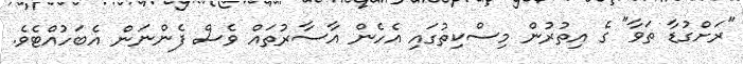
"ރަށްގުޑާ ތަވާ" ގެ އިތުރުން މިސްކިތުގައި އެހެން އާސާރުތައް ވެސް ފެންނަން އެބަހުއްޓެވެ.